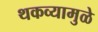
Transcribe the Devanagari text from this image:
थकव्यामुळे